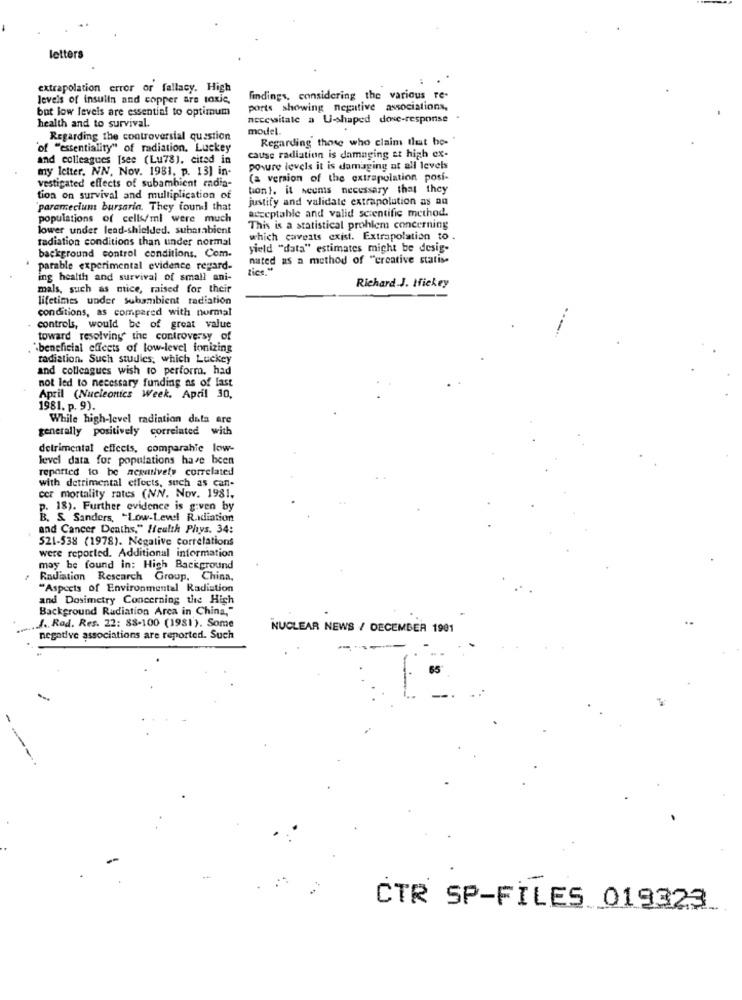
letters
extrapolation error or fallacy. High
levels of insulin and copper ars toxic,
findings, considering the various re-
but low levels are essential to optimum
ports showing negative associations,
health and to survival.
necessitate a U-shaped dove-response .
model.
Regarding the controversial question
Regarding those who claim that be "
"of "essentiality" of radiation. Luckey
and colleagues [see (Lu78), cited in
cause radiation is damaging at high ex-
my letter. NN. Nov. 1981, p. 13] in-
povure levels it is damaging at all levels
vestigated effects of subambient madia-
(a version of the extrapolation posi-
bont. it seems necessary that they
tion on survival and multiplication of
justify and validate extrapolution as an
paramecium bursaria. They found that
acceptable and valid scientific method.
populations of cells/ml were much
lower under lead-shielded. subarabient
This is a statistical problem concerning
radiation conditions than under normal
which caveats exist. Extrapolation to .
yield "data" estimates might be desig-
background control conditions. Com.
nated as a method of "creative statise
parable experimental evidence regard-
tics."
ing health and survival of small ani-
Richard J. Hickey
mals, such as mice, raised for their
lifetimes under subambient radiation
conditions, as compared with normal
controls, would be of great value
toward resolving the controversy of
`beneficial effects of low-level ionizing
radiation. Such studies, which Luckey
and colleagues wish to perform, had
not led to necessary funding as of last
April (Nucleonics Week. April 30,
1981. p. 9).
While high-level radiation data are
generally positively correiated with
detrimental effects, comparahie low-
level data for populations have been
reported to be negatively correlated
with detrimental effects, such as can-
cer mortality rates (NN. Nov. 1981.
p. 18). Further evidence is given by
B. S. Sanders, "Low-Level R.idiation
and Cancer Deaths," Heulth Phys. 34:
521-538 (1978). Negative correlations
were reported. Additional information
may be found in: High Background
Radiation Research Group, China,
"Aspects of Environmental Radiation
and Dosimetry Concerning the High
Background Radiation Arca in China,"
..... Rad. Res. 22: 88-100 (1981). Some
NUCLEAR NEWS / DECEMBER 1901
negative associations are reported. Such
65
CTR SP-FILES 019323